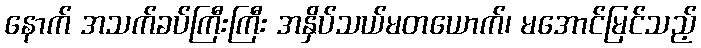
နောက် အသက်ခပ်ကြီးကြီး အနှိပ်သယ်မတယောက်၊ မအောင်မြင်သည့်